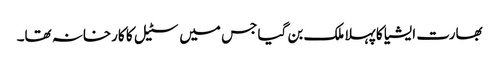
بھارت ایشیا کا پہلا ملک بن گیا جس میں سٹیل کا کارخانہ تھا۔